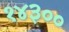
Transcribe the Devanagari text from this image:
१४३००